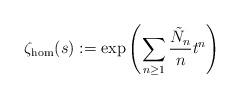
LaTeX: \begin{align*}\zeta_{{\rm hom}}(s) := \exp \left( \sum_{n\ge 1} \frac{\tilde{N}_n}{n} t^n \right)\end{align*}